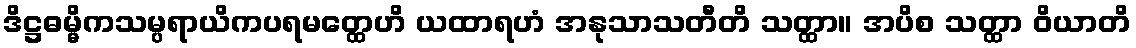
ဒိဋ္ဌဓမ္မိကသမ္ပရာယိကပရမတ္ထေဟိ ယထာရဟံ အနုသာသတီတိ သတ္ထာ။ အပိစ သတ္ထာ ဝိယာတိ